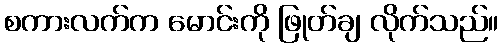
စကားလက်က မောင်းကို ဖြုတ်ချ လိုက်သည်။